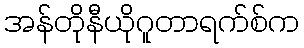
အန်တိုနီယိုဂူတာရက်စ်က